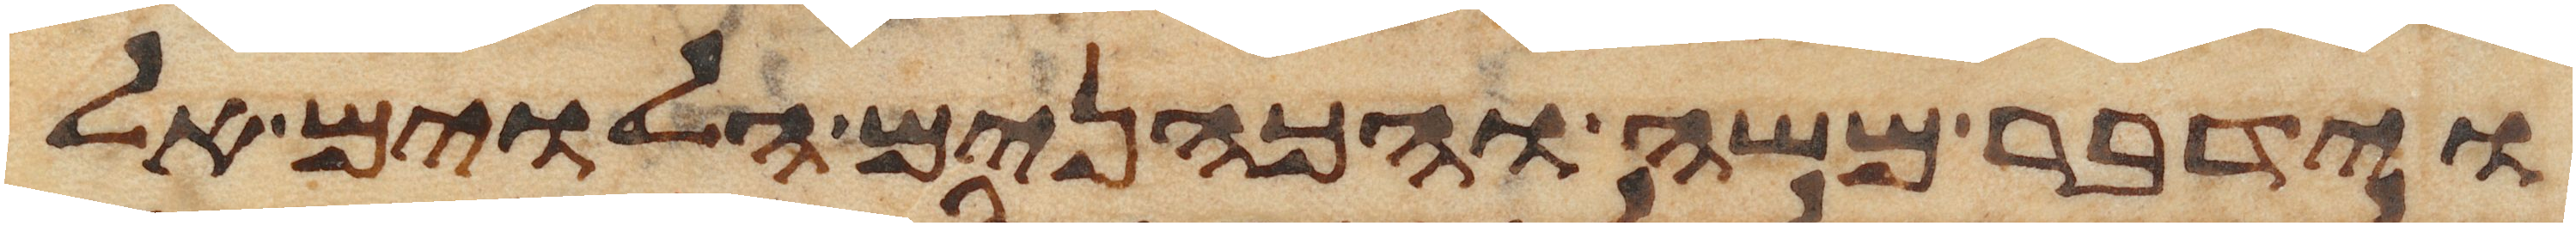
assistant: וידבר משה והכהנים הלוים אל